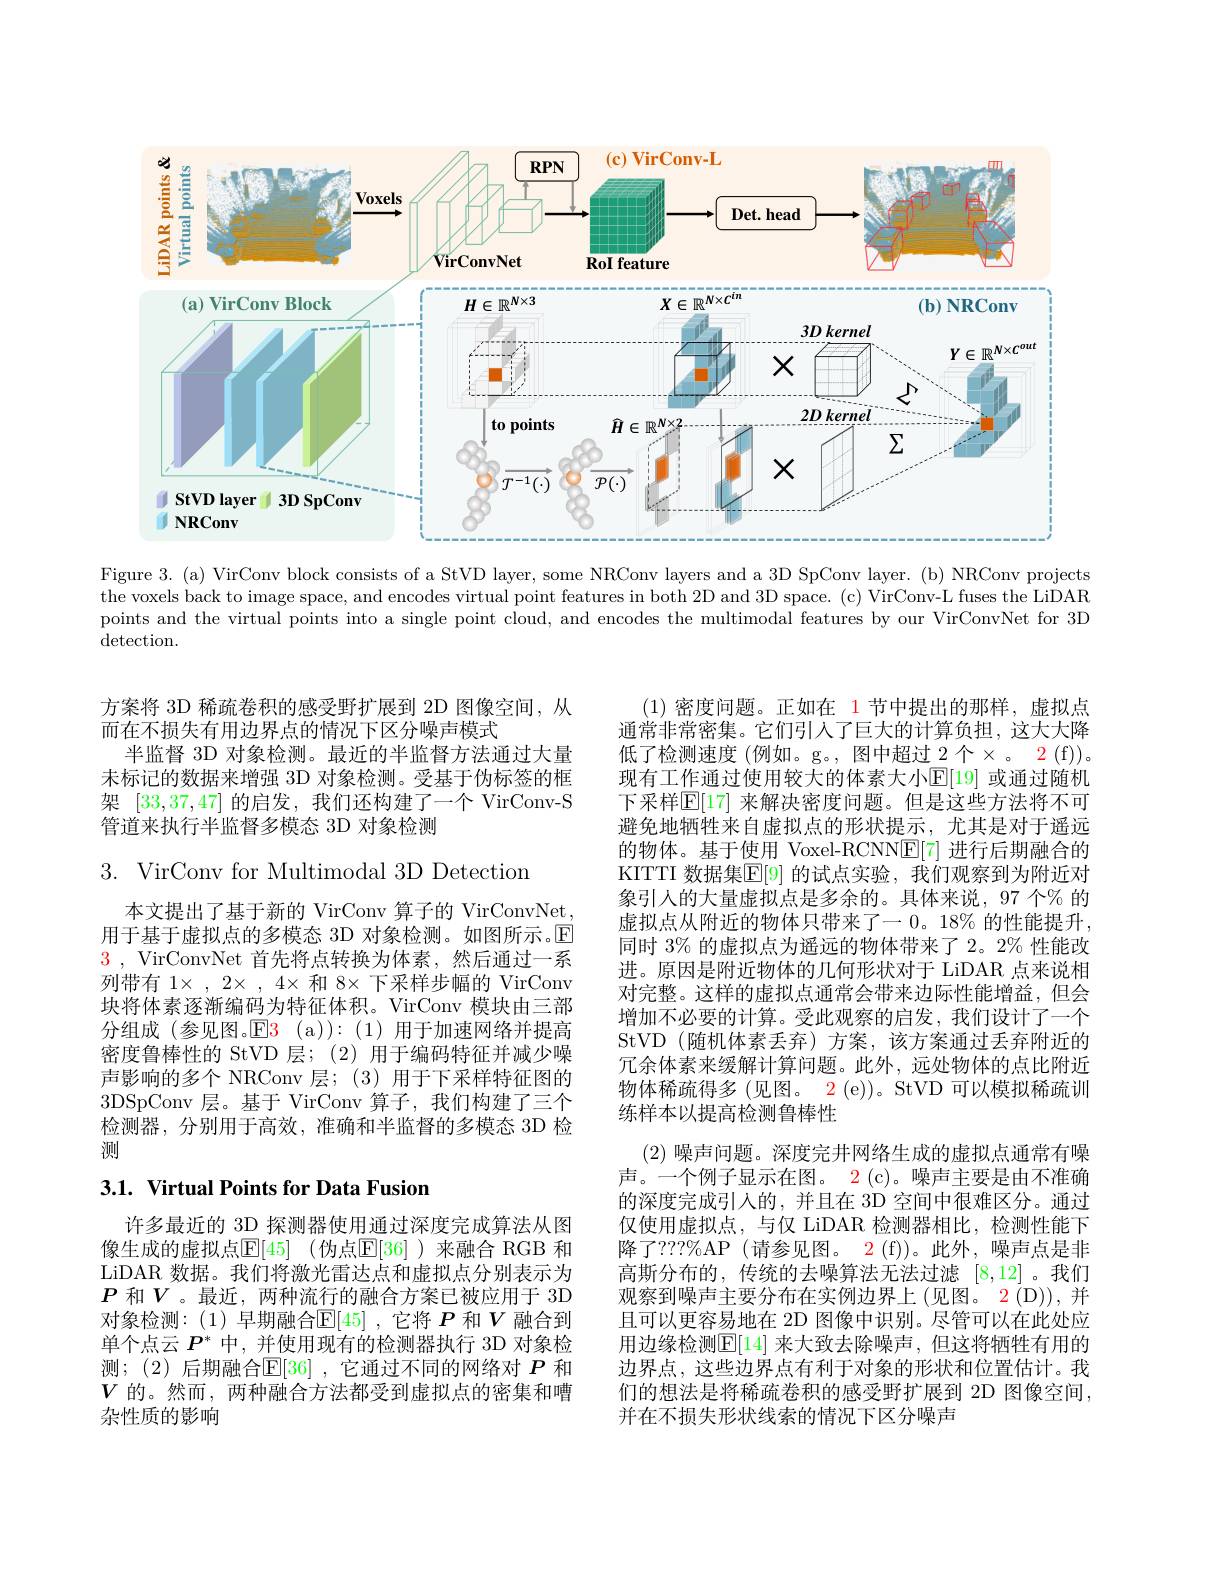
<FigureHere>
Figure 3. (a) VirConv block consists of a StVD layer, some NRConv layers and a 3D SpConv layer. (b) NRConv projects

the voxels back to image space, and encodes virtual point features in both 2D and 3D space. (c) VirConv-L fuses the LiDAR points and the virtual points into a single point cloud, and encodes the multimodal features by our VirConvNet for 3D $\operatorname{detection}.$

方案将 3D 稀疏卷积的感受野扩展到 2D 图像空间，从
而在不损失有用边界点的情况下区分噪声模式
半监督 3D 对象检测。最近的半监督方法通过大量未标记的数据来增强 3D 对象检测。受基于伪标签的框架[33,37,47]的启发，我们还构建了一个 VirConv-S 管道来执行半监督多模态 3D 对象检测

3. VirConv for Multimodal 3D Detection

本文提出了基于新的 VirConv 算子的 VirConvNet, 用于基于虚拟点的多模态 3D 对象检测。如图所示。$\mathbb{E}$ $\color{red}3$, VirConvNet 首先将点转换为体素，然后通过一系列带有 1× , 2× , 4× 和 8× 下采样步幅的 VirConv 块将体素逐渐编码为特征体积。VirConv 模块由三部分组成(参见图。E$\color{red} 3\:( a) ) : \:( 1)$用于加速网络并提高密度鲁棒性的 StVD 层；(2)用于编码特征并减少噪声影响的多个 NRConv 层；(3)用于下采样特征图的3DSpConv 层。基于 VirConv 算子，我们构建了三个检测器，分别用于高效，准确和半监督的多模态 3D 检测

## 3.1. Virtual Points for Data Fusion

许多最近的 3D 探测器使用通过深度完成算法从图像生成的虚拟点$\mathbb{E} [ 45]$ (伪点$\mathbb{E}[36]$ )来融合 RGB 和LiDAR 数据。我们将激光雷达点和虚拟点分别表示为$P$ 和$V$。最近，两种流行的融合方案已被应用于 3D 对象检测：(1)早期融合$\mathbb{E}[45]$ ,它将$P$和$V$融合到单个点云$P^*$中，并使用现有的检测器执行 3D 对象检测；(2)后期融合$\mathbb{E}[36]$ ,它通过不同的网络对 $P$ 和$V$的。然而，两种融合方法都受到虚拟点的密集和嘈杂性质的影响

(1)密度问题。正如在 1节中提出的那样，虚拟点通常非常密集。它们引入了巨大的计算负担，这大大降低了检测速度 (例如。g。, 图中超过 2 个$\times$。2 (f))。现有工作通过使用较大的体素大小$\mathbb{E}[$19] 或通过随机下采样$\mathbb{E}[$17] 来解决密度问题。但是这些方法将不可避免地牺牲来自虚拟点的形状提示，尤其是对于遥远的物体。基于使用 Voxel-RCNN$\mathbb{E}[7]$进行后期融合的KITTI 数据集$\mathbb{E}[9]$ 的试点实验，我们观察到为附近对象引人的大量虚拟点是多余的。具体来说，97 个% 的虚拟点从附近的物体只带来了一 0。18% 的性能提升， 同时 3% 的虚拟点为遥远的物体带来了 2。2% 性能改进。原因是附近物体的几何形状对于 LiDAR 点来说相对完整。这样的虚拟点通常会带来边际性能增益，但会增加不必要的计算。受此观察的启发，我们设计了一个StVD (随机体素丢弃)方案，该方案通过丢弃附近的冗余体素来缓解计算问题。此外，远处物体的点比附近物体稀疏得多(见图。2(e))。StVD 可以模拟稀疏训练样本以提高检测鲁棒性
(2)噪声问题。深度完井网络生成的虚拟点通常有噪声。一个例子显示在图。2 (c)。噪声主要是由不准确的深度完成引入的，并且在 3D 空间中很难区分。通过仅使用虚拟点，与仅 LiDAR 检测器相比，检测性能下降了？??%AP (请参见图。2 (f))。此外，噪声点是非高斯分布的，传统的去噪算法无法过滤[8,12]。我们观察到噪声主要分布在实例边界上(见图。2(D)), 并且可以更容易地在 2D 图像中识别。尽管可以在此处应用边缘检测$\mathbb{E}[14]$ 来大致去除噪声，但这将牺牲有用的边界点，这些边界点有利于对象的形状和位置估计。我们的想法是将稀疏卷积的感受野扩展到 2D 图像空间， 并在不损失形状线索的情况下区分噪声